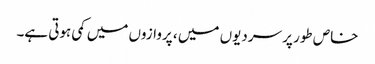
خاص طور پر سردیوں میں ، پروازوں میں کمی ہوتی ہے۔